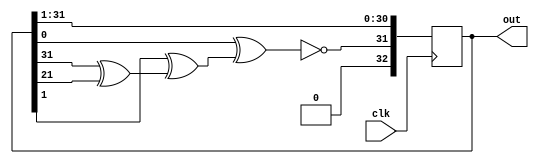
module lfsr_word    (
	output reg [32:0] out,
	input clk
	);
	
wire linear_feedback,lf1,lf2,lf3;

assign lf1 = out[31] ^ out[21];
assign lf2 = out[1] ^ lf1;
assign lf3 = out[0] ^ lf2;
assign linear_feedback = lf3 ^ 1'b1;

always @(posedge clk) begin
	out[32] = linear_feedback;
	out = out >> 1'b1;
end 

endmodule